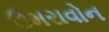
ઉમરાવોન